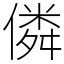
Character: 僯